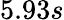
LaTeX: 5.93s